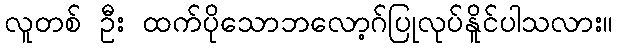
လူတစ် ဦး ထက်ပိုသောဘလော့ဂ်ပြုလုပ်နိူင်ပါသလား။